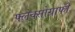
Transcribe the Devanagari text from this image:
फ्लेक्सोग्राफी